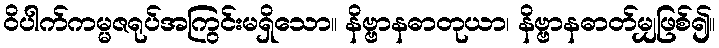
ဝိပါက်ကမ္မဇရုပ်အကြွင်းမရှိသော။ နိဗ္ဗာနဓာတုယာ၊ နိဗ္ဗာနဓာတ်မျှဖြစ်၍။